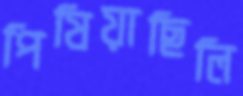
পিষিয়াছিলি